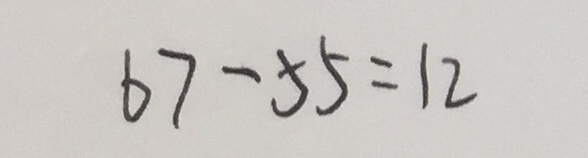
6 7 - 5 5 = 1 2